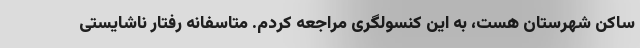
ساکن شهرستان هست، به این کنسولگری مراجعه کردم. متاسفانه رفتار ناشایستی